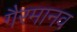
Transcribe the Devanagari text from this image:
गैरमानव